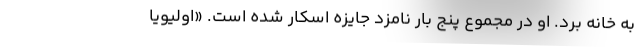
به خانه برد. او در مجموع پنج بار نامزد جایزه اسکار شده است. «اولیویا